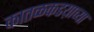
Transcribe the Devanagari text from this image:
कातळकडय़ाच्या